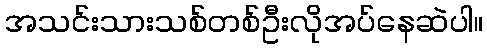
အသင်းသားသစ်တစ်ဦးလိုအပ်နေဆဲပါ။